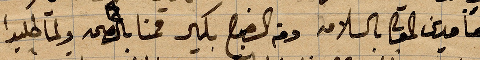
حامدين المولى بالسلامة وفي الصبح بكير قمنا بالصحة ولما طلبوا